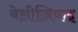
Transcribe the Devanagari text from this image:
बेलीज़ियाइ